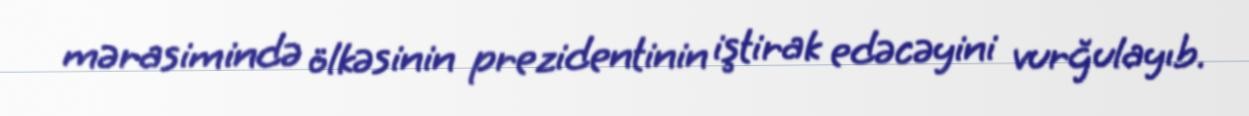
mərasimində ölkəsinin prezidentinin iştirak edəcəyini vurğulayıb.